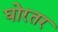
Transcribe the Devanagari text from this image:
घोरतर